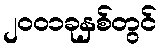
၂၀၀၁ခုနှစ်တွင်